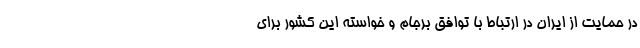
در حمایت از ایران در ارتباط با توافق برجام و خواسته این کشور برای